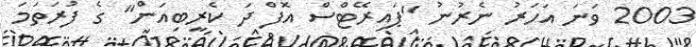
2003 ވަނަ އަހަރު ނެރުނު "ޕައިރޭޓްސް އޮފް ދަ ކެރީބިއަން" ގެ ފުރަތަމަ